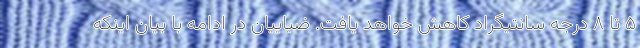
۵ تا ۸ درجه سانتیگراد کاهش خواهد یافت. ضیاییان در ادامه با بیان اینکه